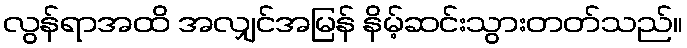
လွန်ရာအထိ အလျှင်အမြန် နိမ့်ဆင်းသွားတတ်သည်။